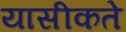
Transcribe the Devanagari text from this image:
यासीकते